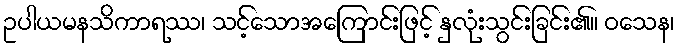
ဥပါယမနသိကာရဿ၊ သင့်သောအကြောင်းဖြင့် နှလုံးသွင်းခြင်း၏။ ဝသေန၊